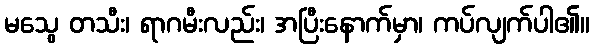
မသွေ တသီး၊ ရာဂမီးလည်း၊ အပြီးနောက်မှာ၊ ကပ်လျက်ပါ၏။